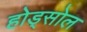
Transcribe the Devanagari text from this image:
होड्सोल